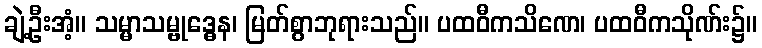
ချဲ့ဦးအံ့။ သမ္မာသမ္ဗုဒ္ဓေန၊ မြတ်စွာဘုရားသည်။ ပထဝီကသိဏေ၊ ပထဝီကသိုဏ်း၌။